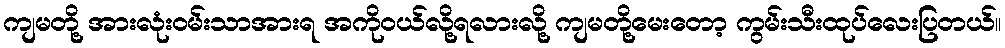
ကျမတို့ အားလုံးဝမ်းသာအားရ အကိုဝယ်လို့ရလားလို့ ကျမတို့မေးတော့ ကွမ်းသီးထုပ်လေးပြတယ်။